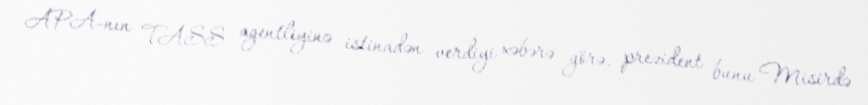
APA-nın TASS agentliyinə istinadən verdiyi xəbərə görə, prezident bunu Misirdə